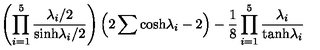
\left( \prod _ { i = 1 } ^ { 5 } { \frac { \lambda _ { i } / 2 } { \mathrm { s i n h } \lambda _ { i } / 2 } } \right) \left( 2 \sum \mathrm { c o s h } \lambda _ { i } - 2 \right) - { \frac { 1 } { 8 } } \prod _ { i = 1 } ^ { 5 } { \frac { \lambda _ { i } } { \mathrm { t a n h } \lambda _ { i } } }